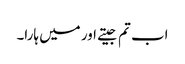
اب تم جیتے اور میں ہارا۔